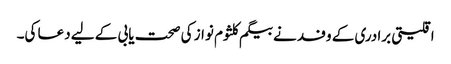
اقلیتی برادری کے وفد نے بیگم کلثوم نواز کی صحت یابی کے لیے دعا کی۔